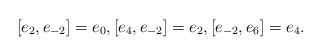
LaTeX: \begin{gather*} [e_2,e_{-2}]= e_0,[e_4, e_{-2}]= e_2,[e_{-2}, e_6]= e_4.\end{gather*}